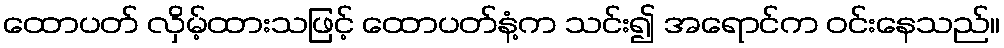
ထောပတ် လှိမ့်ထားသဖြင့် ထောပတ်နံ့က သင်း၍ အရောင်က ဝင်းနေသည်။